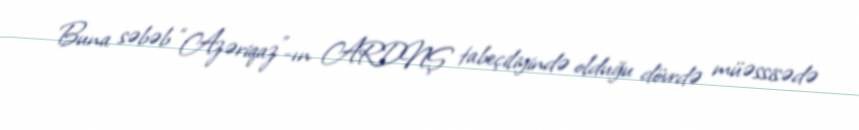
Buna səbəb “Azəriqaz”-ın ARDNŞ tabeçiliyində olduğu dövrdə müəssisədə